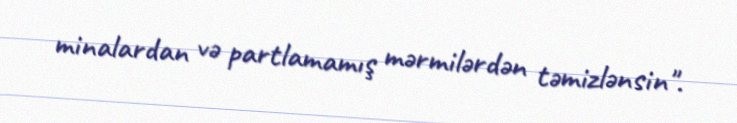
minalardan və partlamamış mərmilərdən təmizlənsin".